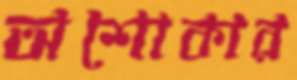
অশোকার